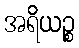
အရိယဉ္စ